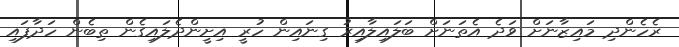
ރެހެންދި މައިޒާނަށް ވަދެ އެތަނަށް ބަލައިލާއިރު ގިނައިން ހުރީ އިށީންދެލައިގެން ތިބެން ހަދާފައި